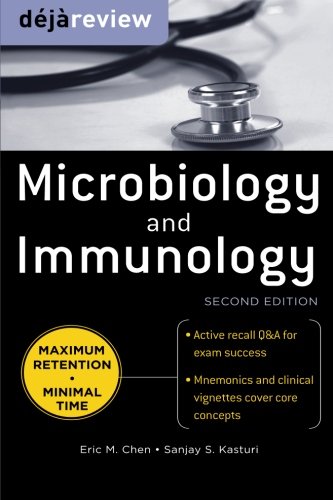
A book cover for Deja Review Microbiology & Immunology, Second Edition; Eric Chen; Medical Books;